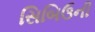
સિબિઉની